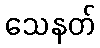
သေနတ်